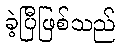
ခဲ့ပြီဖြစ်သည်